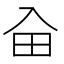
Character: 𠓦